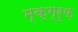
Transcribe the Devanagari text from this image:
म्क्ग्रुफ़